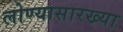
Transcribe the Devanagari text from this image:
लोण्यासारख्या